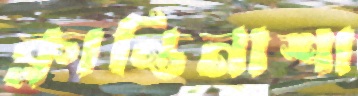
ক্লান্তিনাশা